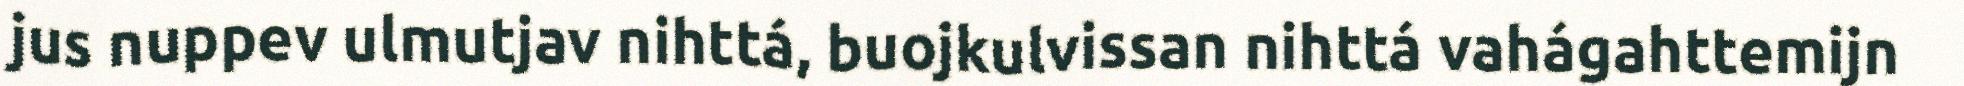
jus nuppev ulmutjav nihttá, buojkulvissan nihttá vahágahttemijn